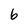
Character: b